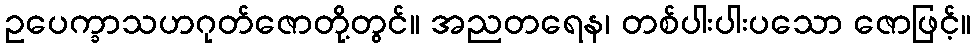
ဥပေက္ခာသဟဂုတ်ဇောတို့တွင်။ အညတရေန၊ တစ်ပါးပါးပသော ဇောဖြင့်။